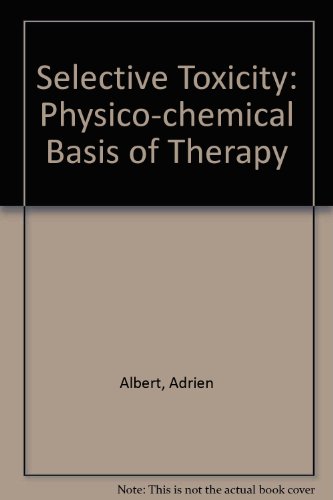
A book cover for Selective Toxicity: The Physico-Chemical Basis of Therapy; Adrien Albert; Medical Books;